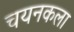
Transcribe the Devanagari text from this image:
चयनकला